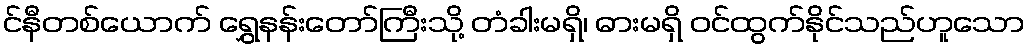
င်နီတစ်ယောက် ရွှေနန်းတော်ကြီးသို့ တံခါးမရှိ၊ ဓားမရှိ ဝင်ထွက်နိုင်သည်ဟူသော